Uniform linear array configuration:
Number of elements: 48
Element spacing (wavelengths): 0.5
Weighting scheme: uniform
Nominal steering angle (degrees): -60
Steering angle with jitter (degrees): -61.124
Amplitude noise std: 0.05
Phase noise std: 0.05

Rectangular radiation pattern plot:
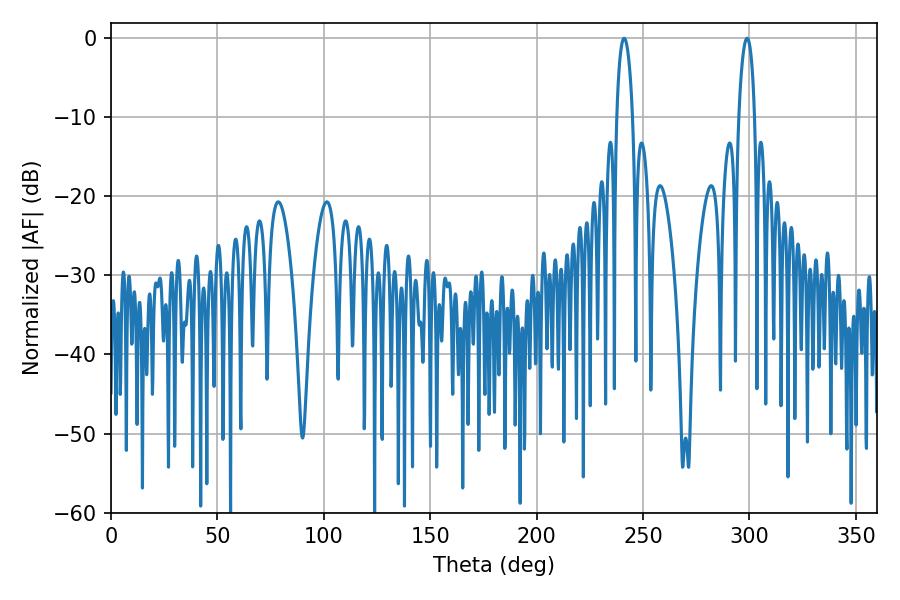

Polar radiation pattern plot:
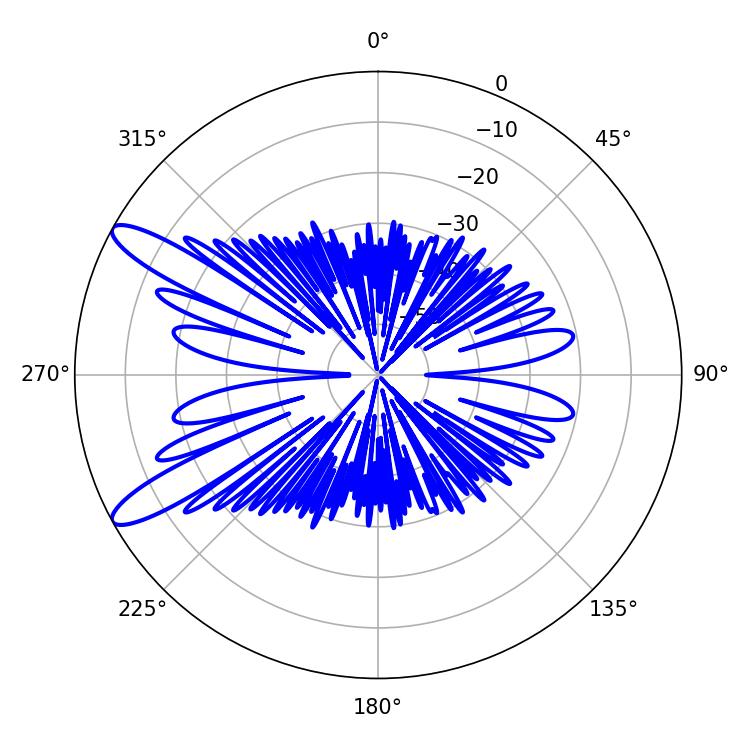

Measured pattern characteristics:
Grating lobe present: FALSE
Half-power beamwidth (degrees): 4.32
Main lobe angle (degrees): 298.8